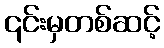
၎င်းမှတစ်ဆင့်